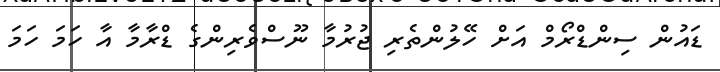
ޑައުން ސިންޑްރޯމް އަށް ހޭލުންތެރި ޖުރުމާ ނޫސްވެރިންގެ ޑްރާމާ އާ ހަމަ ހަމަ